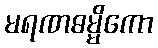
မရဏဓမ္မိကော